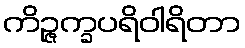
ကိဉ္ဇက္ခပရိဝါရိတာ